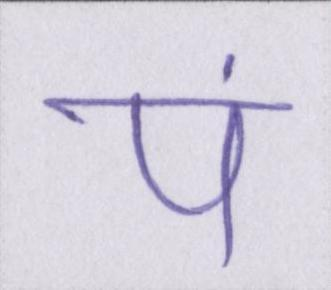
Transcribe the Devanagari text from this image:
पं